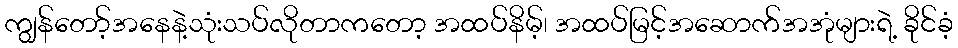
ကျွန်တော့်အနေနဲ့သုံးသပ်လိုတာကတော့ အထပ်နိမ့်၊ အထပ်မြင့်အဆောက်အအုံများရဲ့ ခိုင်ခံ့